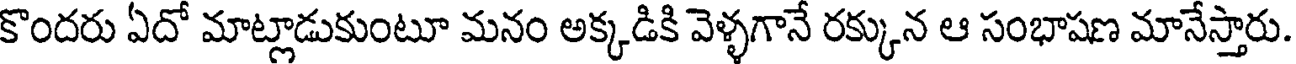
కొందరు ఏదో మాట్లాడుకుంటూ మనం అక్కడికి వెళ్ళగానే రక్కున ఆ సంభాషణ మానేస్తారు.